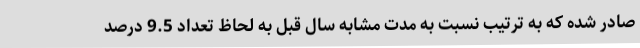
صادر شده که به ترتیب نسبت به مدت مشابه سال قبل به لحاظ تعداد 9.5 درصد